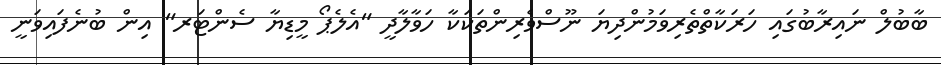
ބާބުލް ނައިރާބުގައި ހަރަކާތްތެރިވަމުންދިޔަ ނޫސްވެރިންތަކަކާ ހަވާލާދީ "އެލެޕޯ މީޑިޔާ ސެންޓަރ" އިން ބުނެފައިވަނީ